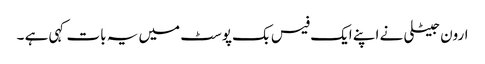
ارون جیٹلی نے اپنے ایک فیس بک پوسٹ میں یہ بات کہی ہے ۔